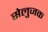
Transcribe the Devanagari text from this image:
सेलुजक